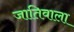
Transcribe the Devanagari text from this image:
जातिवाला